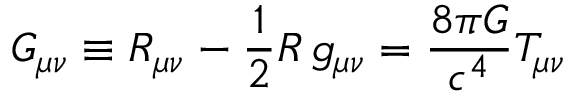
G _ { \mu \nu } \equiv R _ { \mu \nu } - { \frac { \textstyle 1 } { 2 } } R \, g _ { \mu \nu } = { \frac { 8 \pi G } { c ^ { 4 } } } T _ { \mu \nu }